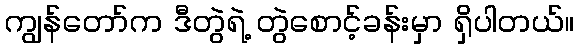
ကျွန်တော်က ဒီတွဲရဲ့ တွဲစောင့်ခန်းမှာ ရှိပါတယ်။